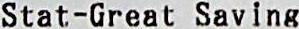
STAT-GREAT SAVING